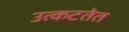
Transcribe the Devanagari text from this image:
उत्कटतेत